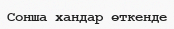
Сонша хандар өткенде